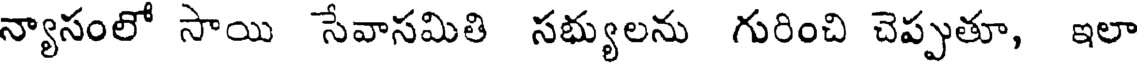
న్యాసంలో సాయి సేవాసమితి సభ్యులను గురించి చెప్పుతూ, ఇలా